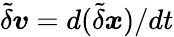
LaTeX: \displaystyle\tilde{\delta}{\boldsymbol v}={d(\tilde{\delta}\boldsymbol{x})}/{dt}